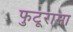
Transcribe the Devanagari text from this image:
फुटूरामा